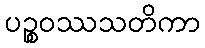
ပဉ္စဝဿသတိကာ